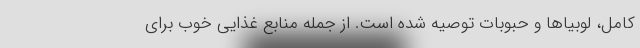
کامل، لوبیاها و حبوبات توصیه شده است. از جمله منابع غذایی خوب برای